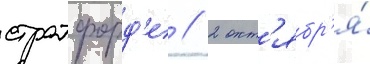
стратфорд'е // 2 окт'ябр'я́